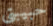
حبيبتى